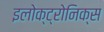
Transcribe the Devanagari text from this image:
इलोक्ट्रोनिक्स